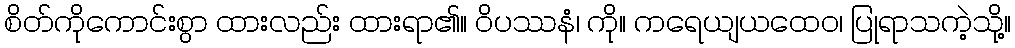
စိတ်ကိုကောင်းစွာ ထားလည်း ထားရာ၏။ ဝိပဿနံ၊ ကို။ ကရေယျယထေဝ၊ ပြုရာသကဲ့သို့။